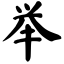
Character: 举